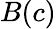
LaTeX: B(c)